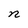
Character: n